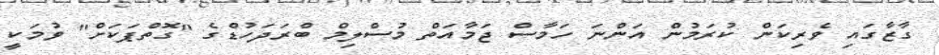
ގާޒާގައި ވެރިކަން ކުރަމުން އަންނަ ހަމާސް ޖަމާއަތް މުސްލިމް ބްރަދަހުޑްގެ "ގޮތްޕަކަށް" ވުމަކީ